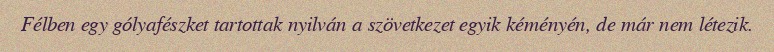
Félben egy gólyafészket tartottak nyilván a szövetkezet egyik kéményén, de már nem létezik.